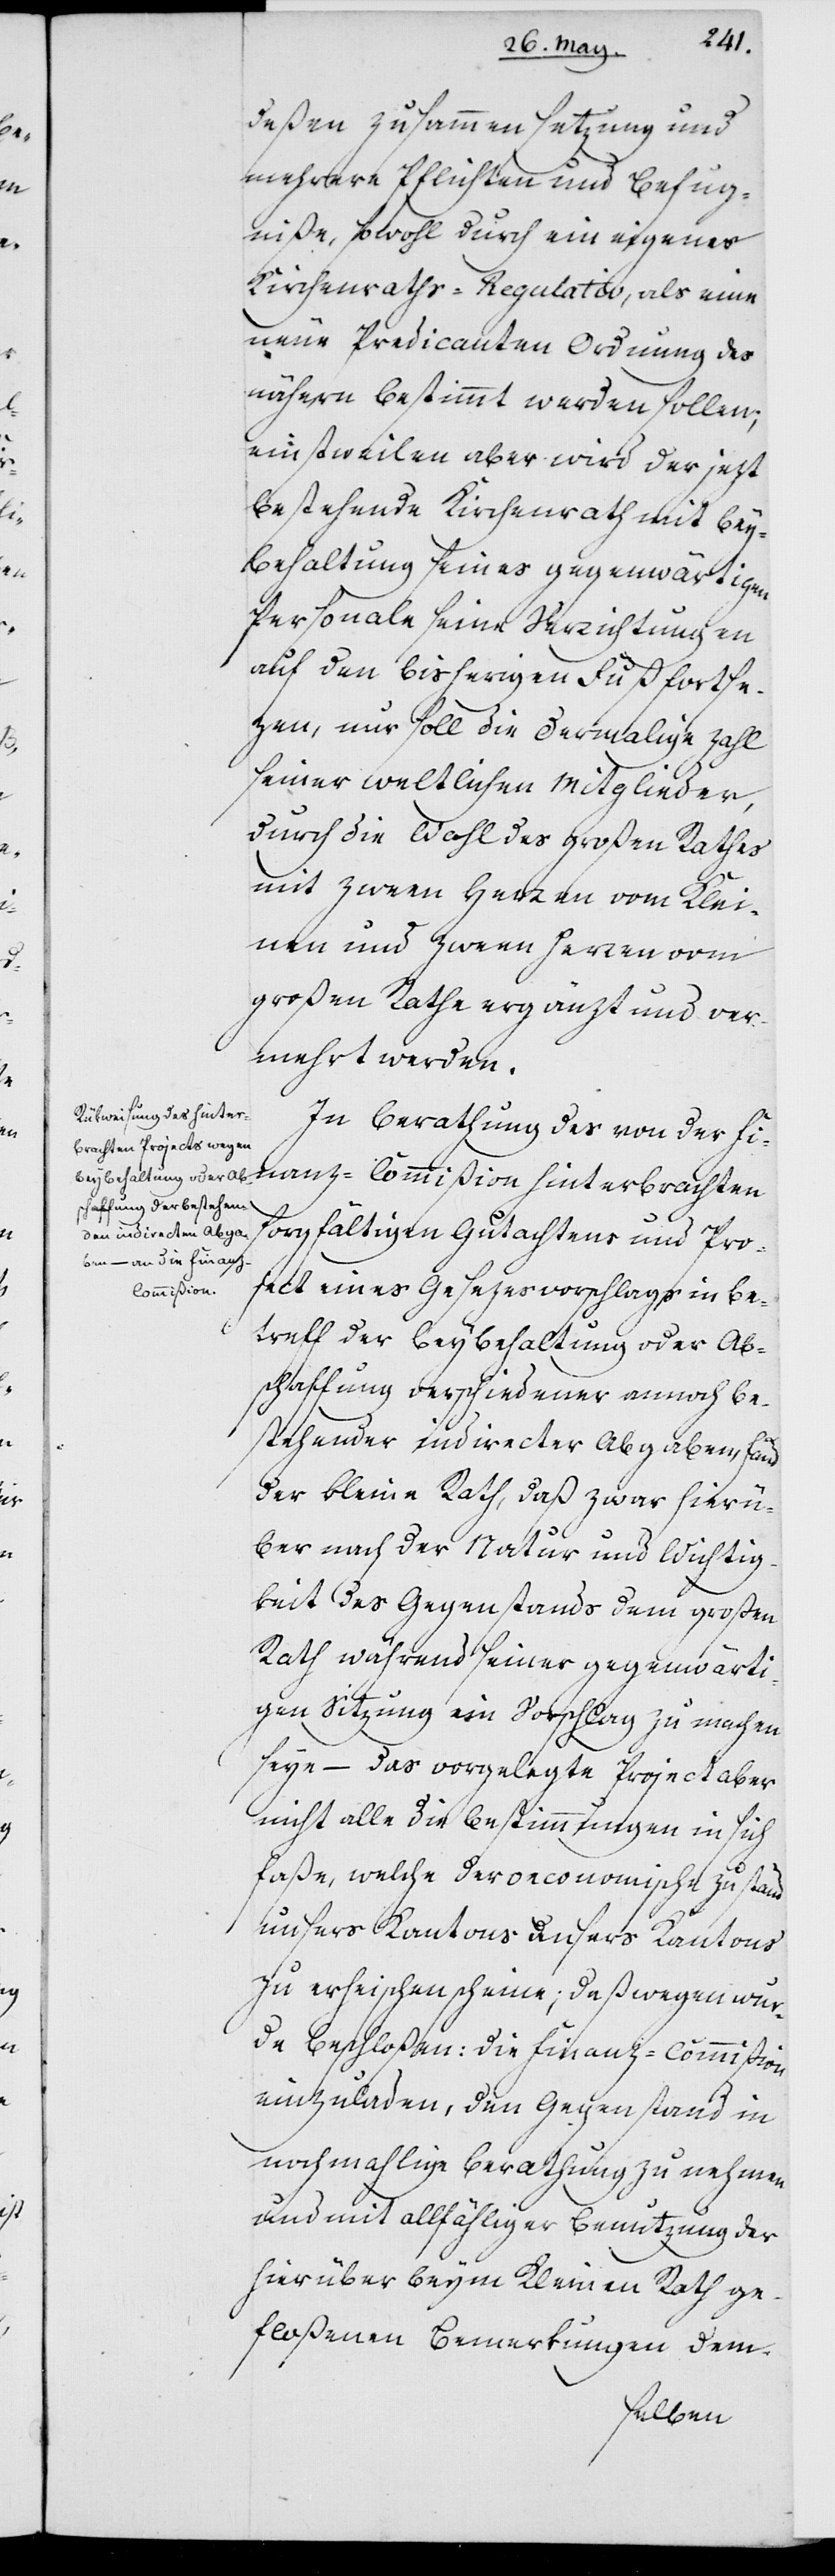
deßen Zusammensetzung und
mehrere Pflichten und Befug¬
niße, sowohl durch ein eigenes
Kirchenraths-Regulativ, als eine
neue Predicanten Ordnung des
nähern bestimmt werden sollen;
einstweilen aber wird der jetzt
bestehende Kirchenrath mit Bey¬
behaltung seines gegenwärtigen
Personale seine Verrichtungen
auf den bisherigen Fuß fortse¬
zen, nur soll die dermalige Zahl
seiner weltlichen Mitglieder,
durch die Wahl des Großen Raths
mit zween Herren vom Klei¬
nen und zween Herren vom
großen Rathe ergänzt und ver¬
mehrt werden.
In Berathung des von der Fi¬
nanz-Commißion hinterbrachten
sorgfältigen Gutachtens und Pro¬
ject eines Gesezesvorschlags in Be¬
treff der Beybehaltung oder Ab¬
schaffung verschiedener annoch be¬
stehender indirecter Abgaaben, fand
der kleine Rath, daß zwar hierü¬
ber nach der Natur und Wichtig¬
keit des Gegenstands dem großen
Rath während seiner gegenwärti¬
gen Sitzung ein Vorschlag zu machen
seye – das vorgelegte Project aber
nicht alle die Bestimmungen in sich
faße, welche der oeconomische Zustand
zu erheischen scheine; deßwegen wur¬
de beschloßen: die Finanz-Commißion
einzuladen, den Gegenstand in
nochmalige Berathung zu nehmen
und mit allfähliger Benutzung der
hierüber beym Kleinen Rath ge¬
floßenen Bemerkungen dem-